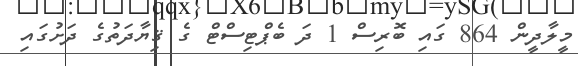
މީލާދީން 864 ގައި ބޮރިސް 1 ދަ ބެޕްޓިސްޓް ގެ ޤިޔާދަތުގެ ދަށުގައި